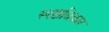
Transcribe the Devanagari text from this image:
स्पष्टाधिकार